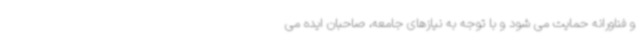
و فناورانه حمایت می شود و با توجه به نیازهای جامعه، صاحبان ایده می